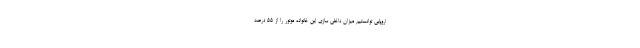
اروپایی توانستیم میزان داخلی سازی این خانواده موتور را از ۵۵ درصد